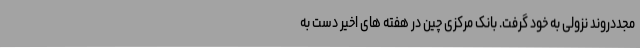
مجددروند نزولی به خود گرفت. بانک مرکزی چین در هفته های اخیر دست به